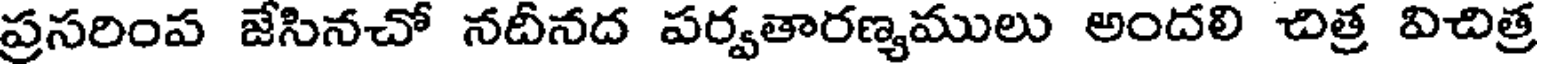
ప్రసరింప జేసినచో నదీనద పర్వతారణ్యములు అందలి చిత్ర విచిత్ర